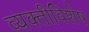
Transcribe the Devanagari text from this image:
व्यक्तीविशेष